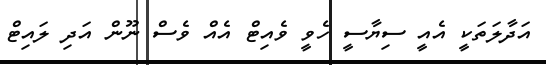
އަދާލަތަކީ އެއީ ސިޔާސީ ހެވީ ވެއިޓް އެއް ވެސް ނޫން އަދި ލައިޓް